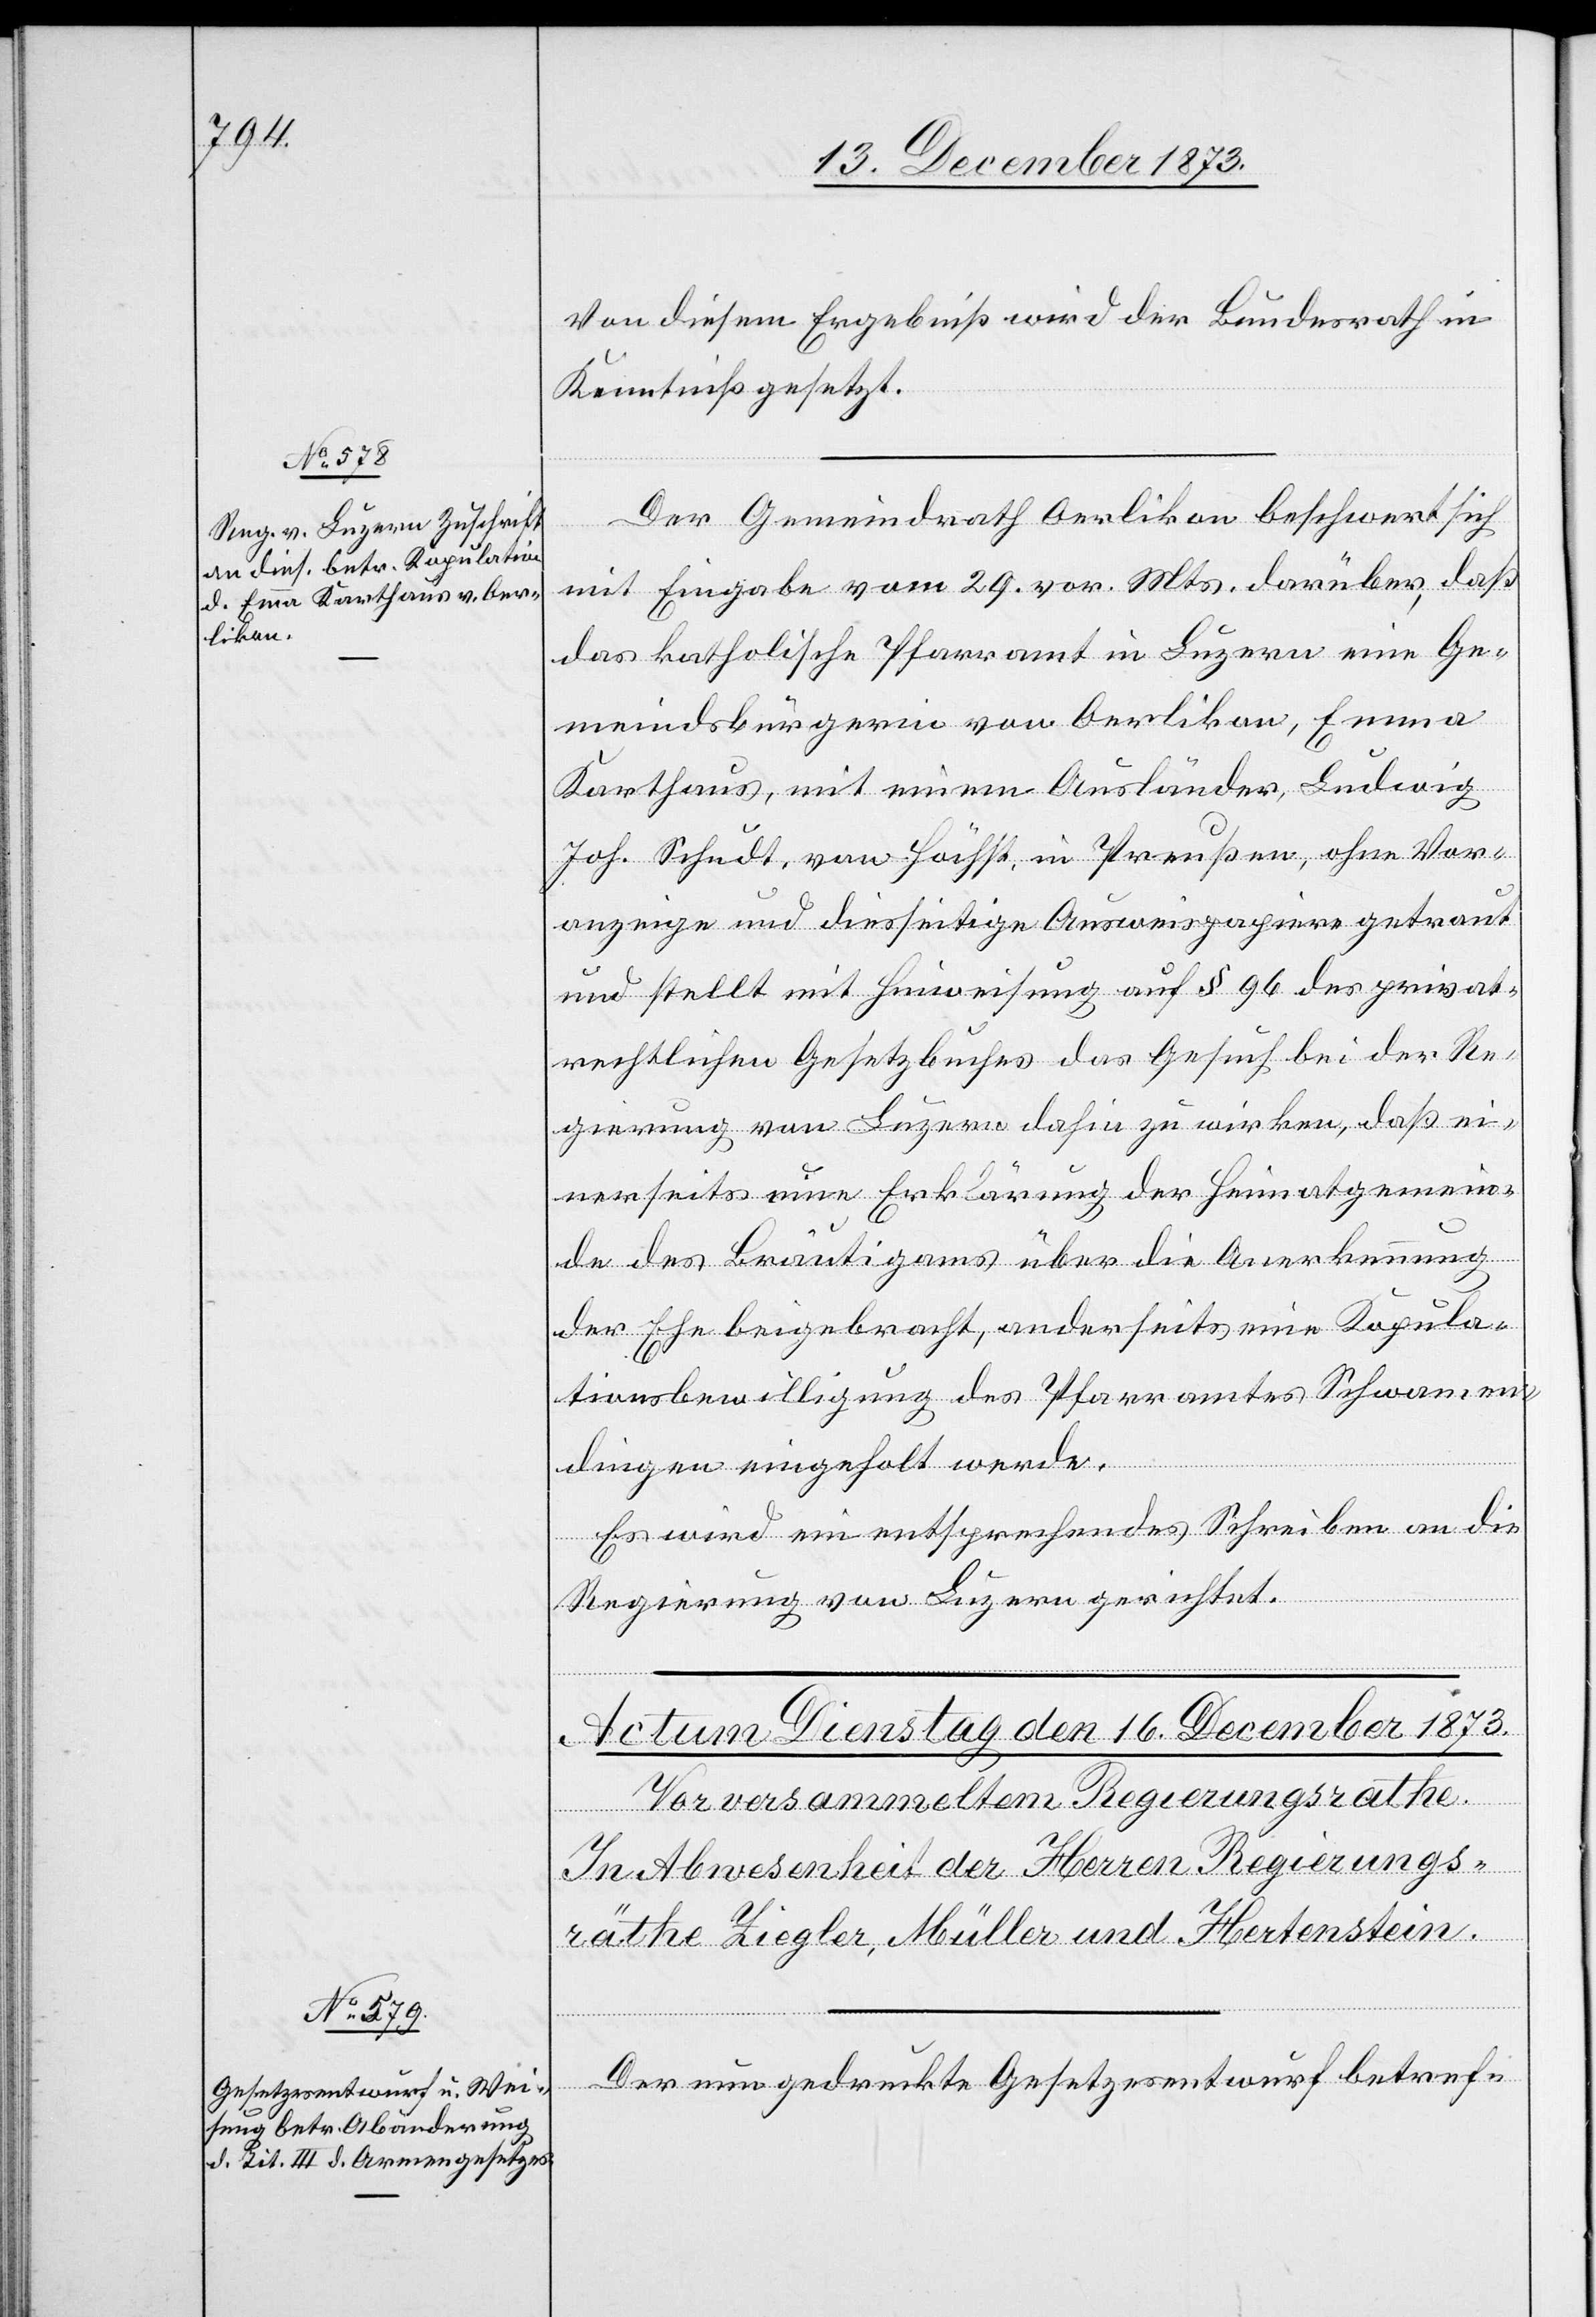
15. December 1873.]
Von diesem Ergebniß wird der Bundesrath in
Kenntniß gesetzt.
Der Gemeindrath Oerlikon beschwert sich
mit Eingabe vom 29. vor. Mts. darüber, daß
das katholische Pfarramt in Luzern eine Ge¬
meindsbürgerin von Oerlikon, Emma
Karthaus, mit einem Ausländer, Ludwig
Joh. Schudt, von Höchst, in Preußen, ohne Vor¬
anzeige und diesseitige Ausweispapiere getraut
und stellt mit Hinweisung auf § 96 des privat¬
rechtlichen Gesetzbuches das Gesuch bei der Re¬
gierung von Luzern dahin zu wirken, daß ei¬
nerseits eine Erklärung der Heimatgemein¬
de des Bräutigams über die Anerkennung
der Ehe beigebracht, anderseits eine Kopula¬
tionsbewilligung des Pfarramtes Schwamen¬
dingen eingeholt werde.
Es wird ein entsprechendes Schreiben an die
Regierung von Luzern gerichtet.
Der nun gedruckte Gesetzesentwurf betref-